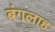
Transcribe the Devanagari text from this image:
बंगलाह